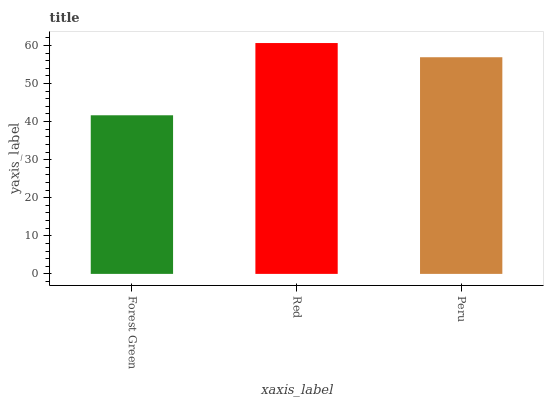
| xaxis_label | bars |
 | --- | --- |
 | Forest Green | 41.7 |
 | Red | 60.6 |
 | Peru | 56.9 |